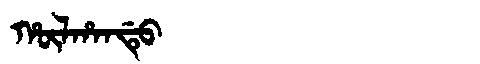
Manchu: ᡥᡡᠯᡥᠠᠨᡩᡠ
Romanization: HŪLHANDU